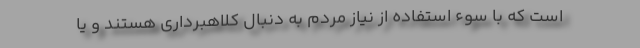
است که با سوء استفاده از نیاز مردم به دنبال کلاهبرداری هستند و یا